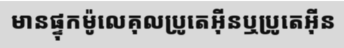
មានផ្ទុកម៉ូលេគុលប្រូតេអ៊ីនឬប្រូតេអ៊ីន